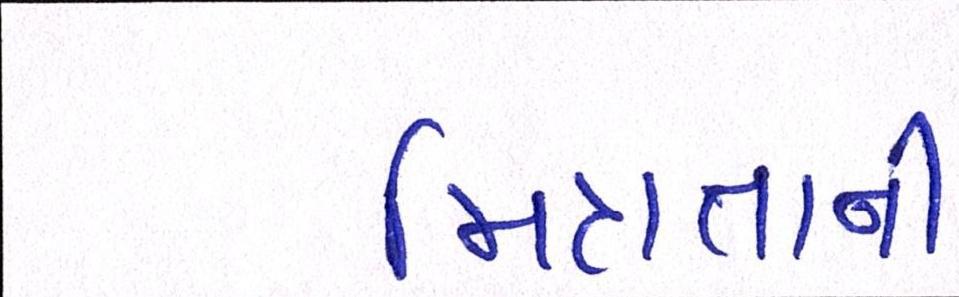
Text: મિત્રતાની